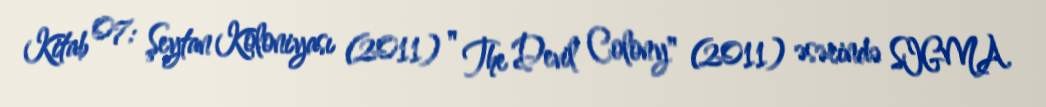
Kitab 07: Şeytan Koloniyası (2011) " The Devil Colony" (2011) əsərində SIGMA